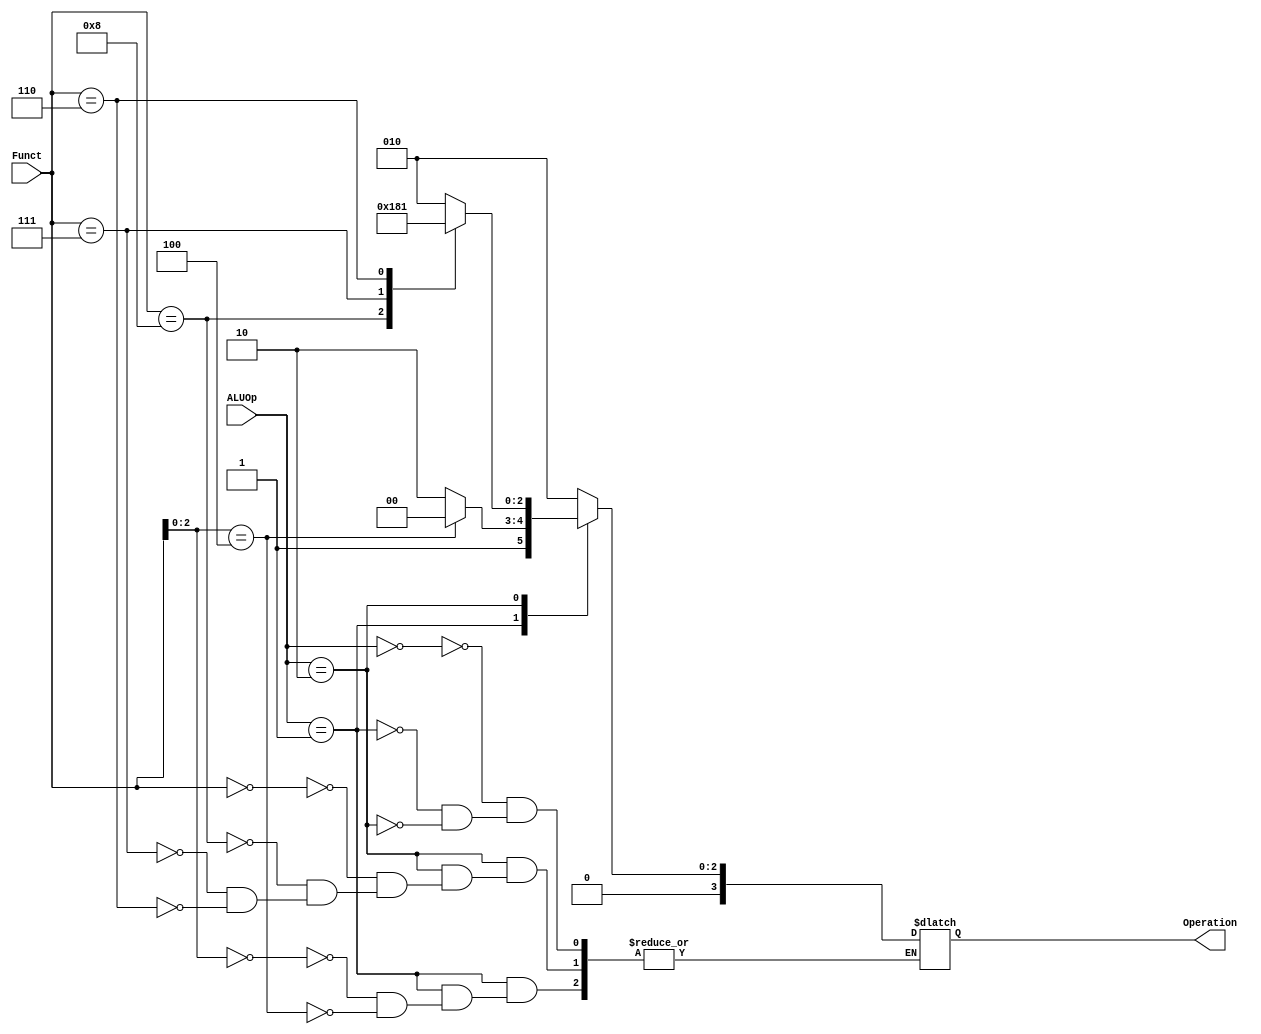

module ALU_Control
(
    input [1:0] ALUOp,
    input [3:0] Funct,
    output reg [3:0] Operation
);
always @(*)
begin
case(ALUOp)
    2'b00: // ALUOp = 00, R-type instruction
    begin
        Operation = 4'b0010; // Add
    end
    
    2'b01: // ALUOp = 01, branch type instructions
    begin
        case(Funct[2:0])
            3'b000: // Funct = 000, beq
            begin
                Operation = 4'b0110; // Subtract
            end
            
            3'b100: // Funct = 100, blt
            begin
                Operation = 4'b0100; // Less than
            end
        endcase
    end

    2'b10: // ALUOp = 10, immediate type instructions
    begin
        case(Funct)
            4'b0000: // Funct
            begin
                Operation = 4'b0010; // Add
            end
            
            4'b1000: // Funct = 1000
            begin
                Operation = 4'b0110; // Subtract
            end
            
            4'b0111: // Funct = 0111
            begin
                Operation = 4'b0000; // AND
            end
            
            4'b0110: // Funct = 0110
            begin
                Operation = 4'b0001; // OR
            end
        endcase
    end
endcase
end

endmodule